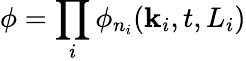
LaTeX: \phi=\prod_{i}\phi_{n_{i}}(\mathbf{k}_{i},t,L_{i})